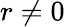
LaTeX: r\neq 0